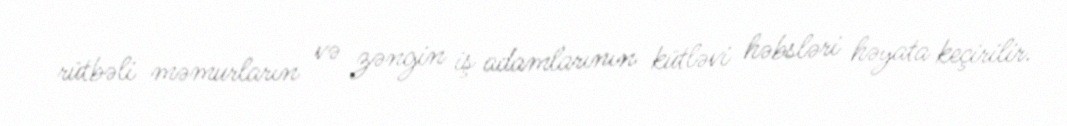
rütbəli məmurların və zəngin iş adamlarının kütləvi həbsləri həyata keçirilir.